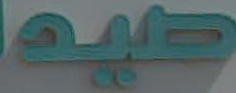
صيدا